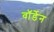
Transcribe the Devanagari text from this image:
वाॅर्डेन